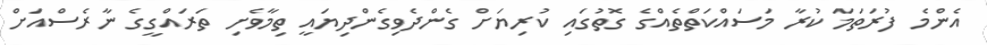
އެންމެ ފުރަތަމަ ކުރާ މަސައްކަތްތެއްގެ ގޮތުގައި ކުރިޔަށް ގެންދެވިގެންދިޔައީ ތިމާވެށި ތަރައްގީގެ ނާރެސްއަށް